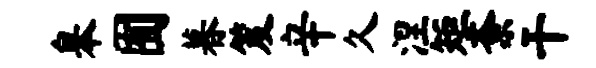
皋囿暮笈辛久涅矩紊干